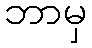
ဘာမှ